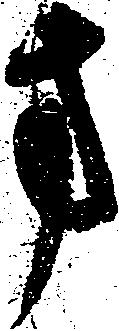
方